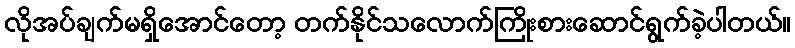
လိုအပ်ချက်မရှိအောင်တော့ တက်နိုင်သလောက်ကြိုးစားဆောင်ရွက်ခဲ့ပါတယ်။